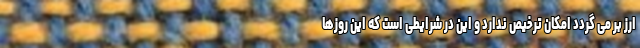
ارز بر می گردد امکان ترخیص ندارد و این در شرایطی است که این روزها